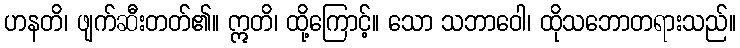
ဟနတိ၊ ဖျက်ဆီးတတ်၏။ ဣတိ၊ ထို့ကြောင့်။ သော သဘာဝေါ၊ ထိုသဘောတရားသည်။